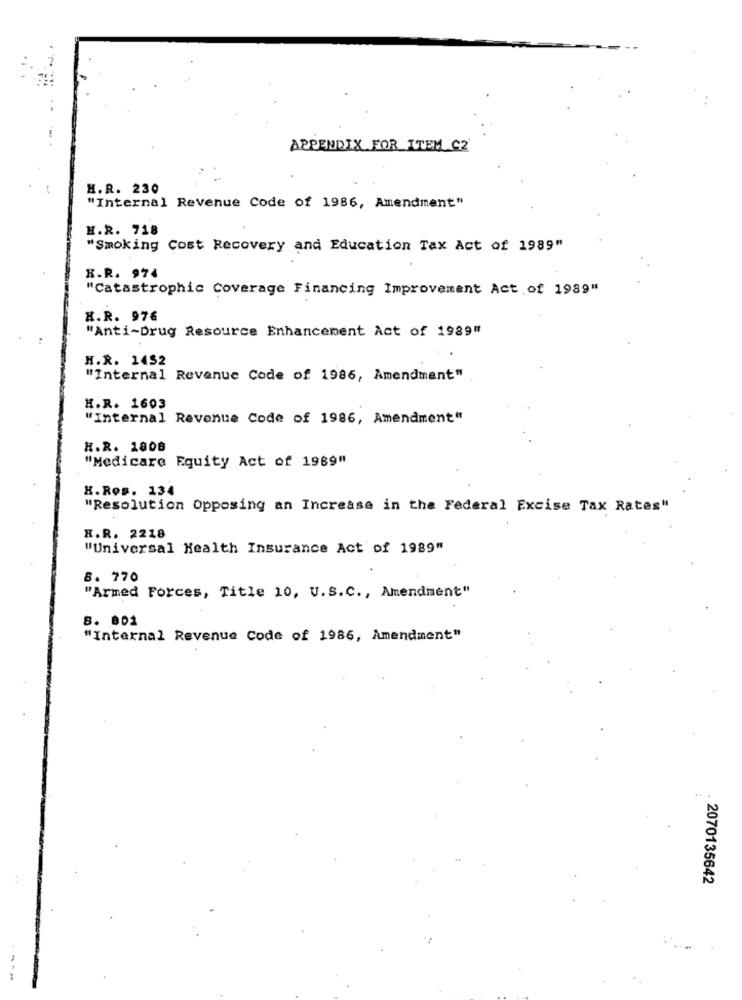
APPENDIX FOR ITEM_CZ
H.R. 230
"Internal Revenue Code of 1986, Amendment"
H.R. 718
"Smoking Cost Recovery and Education Tax Act of 1989"
K.R. 974
"Catastrophic Coverage Financing Improvement Act of 1989"
R.R. 976
"Anti-Drug Resource Enhancement Act of 1989"
H.R. 1452
"Internal Revenue Code of 1986, Amendment"
H.R. 1603
"Internal Revenue Code of 1986, Amendment"
H.R. 1808
"Medicare Equity Act of 1989"
H.Ros. 134
"Resolution Opposing an Increase in the Federal Excise Tax Rates"
H.R. 2218
"Universal Health Insurance Act of 1989"
8. 770
"Armed Forces, Title 10, U.S.C ., Amendment"
8. 801
"Internal Revenue Code of 1986, Amendment"
2070135642